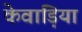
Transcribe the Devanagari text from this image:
केवाड़िया